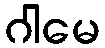
ဂါမေ